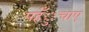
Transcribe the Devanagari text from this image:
पहँुचाए